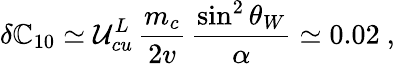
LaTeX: \delta\mathbb{C}_{10}\simeq\mathcal{U}_{cu}^{L}\, \frac{{m_{c}}}{{2v}}\, \frac{{\sin^{2}\theta_{W}}}{{\alpha}}\simeq0.02~,